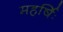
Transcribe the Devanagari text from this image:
महर्षिः